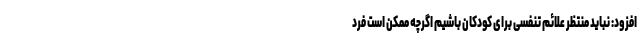
افزود: نباید منتظر علائم تنفسی برای کودکان باشیم اگرچه ممکن است فرد